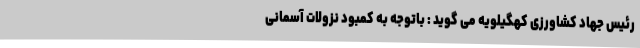
رئیس جهاد کشاورزی کهگیلویه می گوید : باتوجه به کمبود نزولات آسمانی